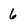
Character: 6